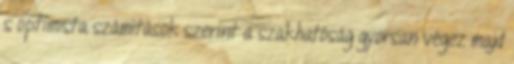
s optimista számítások szerint a szakhatóság gyorsan végez majd